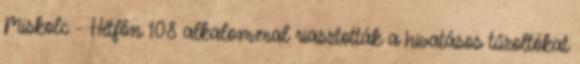
Miskolc - Hétfőn 108 alkalommal riasztották a hivatásos tűzoltókat